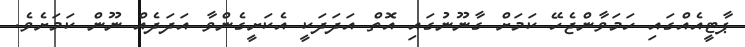
ޕާޓީއެއްގައި ހަމަވާންޖެހޭ ކަމަށް ގާނޫނުގައި އޮތް އަދަދަކީ އެކަށީގެންވާ އަދަދެއް ނޫން ކަމަށެވެ.